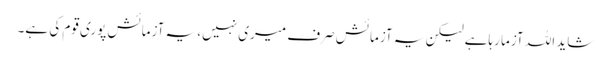
شاید اللہ آزما رہاہے لیکن یہ آزمائش صرف میری نہیں، یہ آزمائش پوری قوم کی ہے۔